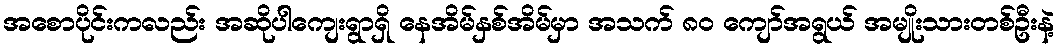
အစောပိုင်းကလည်း အဆိုပါကျေးရွာရှိ နေအိမ်နှစ်အိမ်မှာ အသက် ၈၀ ကျော်အရွယ် အမျိုးသားတစ်ဦးနဲ့